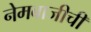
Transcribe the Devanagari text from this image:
नेमबाजीची